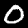
Label: 0